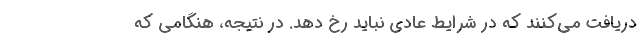
دریافت می‌کنند که در شرایط عادی نباید رخ دهد. در نتیجه، هنگامی که